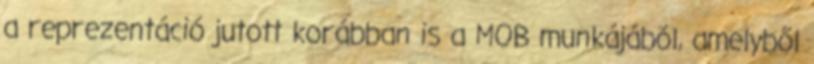
a reprezentáció jutott korábban is a MOB munkájából, amelyből